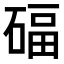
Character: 𥔁